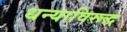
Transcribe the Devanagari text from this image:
धन्याविरूद्ध